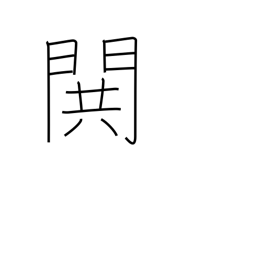
Meaning: war cry